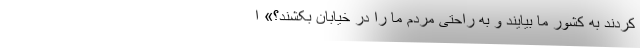
کردند به کشور ما بیایند و به راحتی مردم ما را در خیابان بکشند؟» ا